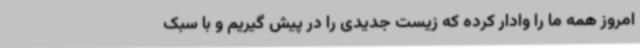
امروز همه ما را وادار کرده که زیست جدیدی را در پیش گیریم و با سبک